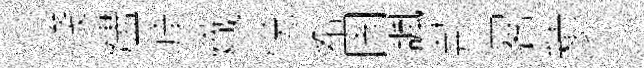
賤燼痒熾悦希固諷荊晷積